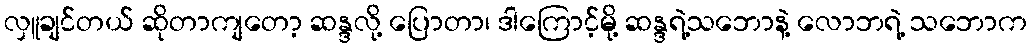
လှူချင်တယ် ဆိုတာကျတော့ ဆန္ဒလို့ ပြောတာ၊ ဒါကြောင့်မို့ ဆန္ဒရဲ့သဘောနဲ့ လောဘရဲ့ သဘောက